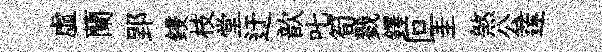
虚蘭郢鋟枝堂迂歆叱筍戮鐸叵圭煞公莲